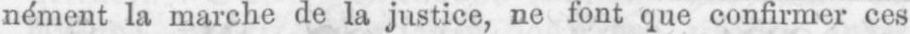
nément la marche de la justice, ne font que confirmer ces